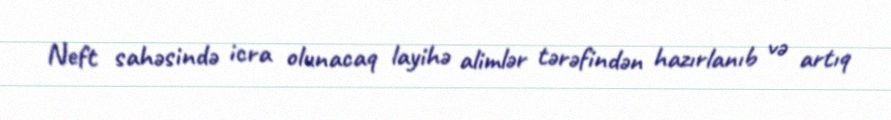
Neft sahəsində icra olunacaq layihə alimlər tərəfindən hazırlanıb və artıq